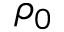
\rho _ { 0 }